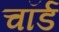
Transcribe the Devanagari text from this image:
चॉर्ड